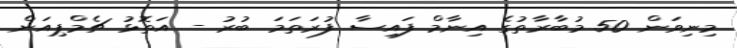
މިނިވަން 50 މުބާރާތުގެ އިނާމް ފައިސާ ފުރަތަމަ ބުރު - އަތޮޅު ޗެމްޕިއަން